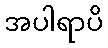
အပါရာပိ